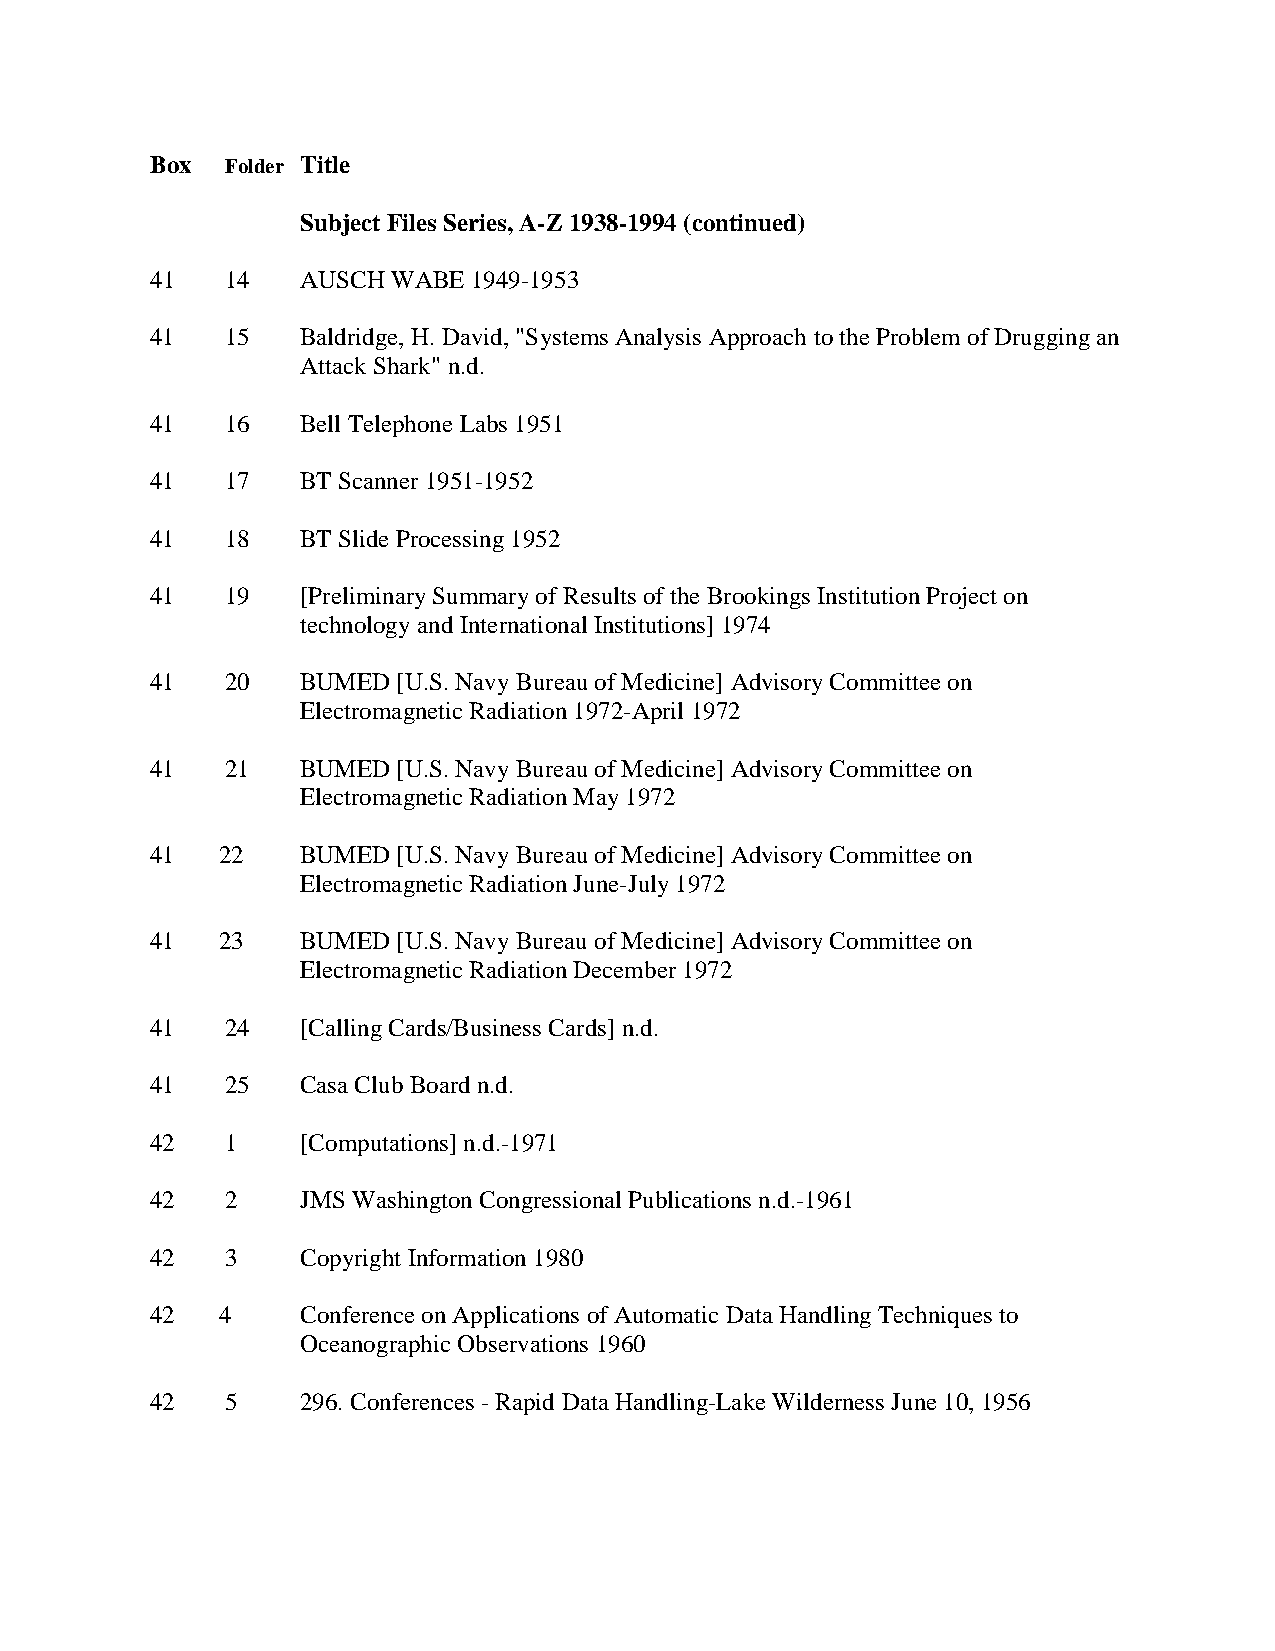
Box  Folder Title
 Subject Files Series, A-Z 1938-1994 (continued)
 41   14   AUSCH WABE 1949-1953
 41   15   Baldridge, H. David, "Systems Analysis Approach to the Problem of Drugging an
 Attack Shark" n.d.
 41   16   Bell Telephone Labs 1951
 41   17   BT Scanner 1951-1952
 41   18   BT Slide Processing 1952
 41   19   [Preliminary Summary of Results of the Brookings Institution Project on
 technology and International Institutions] 1974
 41   20   BUMED [U.S. Navy Bureau of Medicine] Advisory Committee on
 Electromagnetic Radiation 1972-April 1972
 41   21   BUMED [U.S. Navy Bureau of Medicine] Advisory Committee on
 Electromagnetic Radiation May 1972
 41  22    BUMED [U.S. Navy Bureau of Medicine] Advisory Committee on
 Electromagnetic Radiation June-July 1972
 41  23    BUMED [U.S. Navy Bureau of Medicine] Advisory Committee on
 Electromagnetic Radiation December 1972
 41   24   [Calling Cards/Business Cards] n.d.
 41   25   Casa Club Board n.d.
 42   1    [Computations] n.d.-1971
 42   2    JMS Washington Congressional Publications n.d.-1961
 42   3    Copyright Information 1980
 42  4     Conference on Applications of Automatic Data Handling Techniques to
 Oceanographic Observations 1960
 42   5    296. Conferences - Rapid Data Handling-Lake Wilderness June 10, 1956